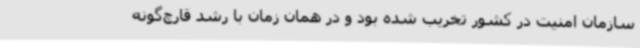
سازمان امنیت در کشور تخریب شده بود و در همان زمان با رشد قارچ‌گونه